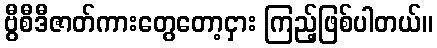
ဗွီစီဒီဇာတ်ကားတွေတော့ငှား ကြည့်ဖြစ်ပါတယ်။